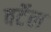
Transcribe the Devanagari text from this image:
वर्टेल